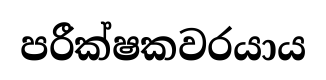
පරීක්ෂකවරයාය